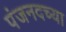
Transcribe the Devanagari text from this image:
पंजनदच्या